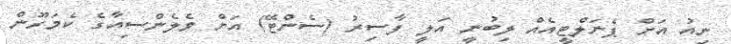
ނިއު އަށް ޕެނަލްޓީއެއް ލިބުނީ އަލީ ފާސިރު (ސެންޓޭ) އަށް ވެލެންސިއާގެ ކެމަރޫން